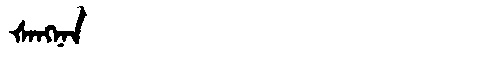
Manchu: ᡧᠠᠩᠨᠠᠨ
Romanization: ŠANGNAN